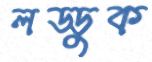
লড্ডুক